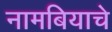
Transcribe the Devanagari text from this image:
नामबियाचे